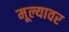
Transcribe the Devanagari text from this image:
मूल्यावर